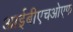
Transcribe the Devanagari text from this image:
आईबीएचओएफ